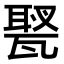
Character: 𤭿